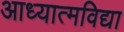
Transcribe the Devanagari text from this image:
आध्यात्मविद्या